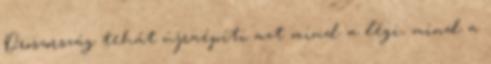
Oroszország tehát újraépíti azt mind a légi, mind a